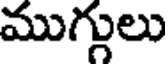
ముగ్గులు